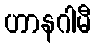
ဟာနဂါမီ